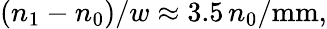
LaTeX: (n_{\mathrm{1}}-n_{\mathrm{0}})/w\approx 3.5\, n_{\mathrm{0}}/\mathrm{mm},